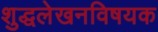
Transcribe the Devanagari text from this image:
शुद्धलेखनविषयक